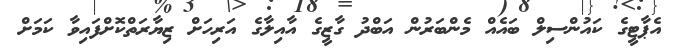
އެޕާޓީގެ ކައުންސިލް ބައެއް މެންބަރުން އަބްދު ގާޒީގެ އާއިލާގެ އަރިހަށް ޒިޔާރަތްކޮށްފައިވާ ކަމަށް